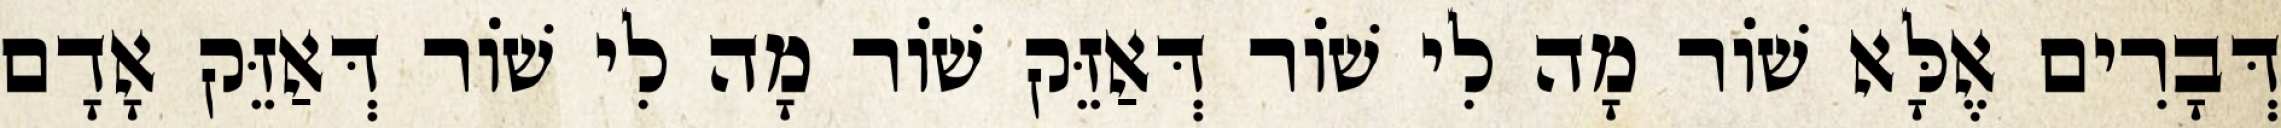
דְּבָרִים אֶלָּא שׁוֹר מָה לִי שׁוֹר דְּאַזֵּק שׁוֹר מָה לִי שׁוֹר דְּאַזֵּק אָדָם